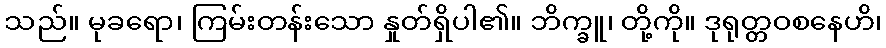
သည်။ မုခရော၊ ကြမ်းတန်းသော နှုတ်ရှိပါ၏။ ဘိက္ခူ၊ တို့ကို။ ဒုရုတ္တဝစနေဟိ၊